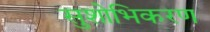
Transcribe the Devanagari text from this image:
सुशोभिकरण